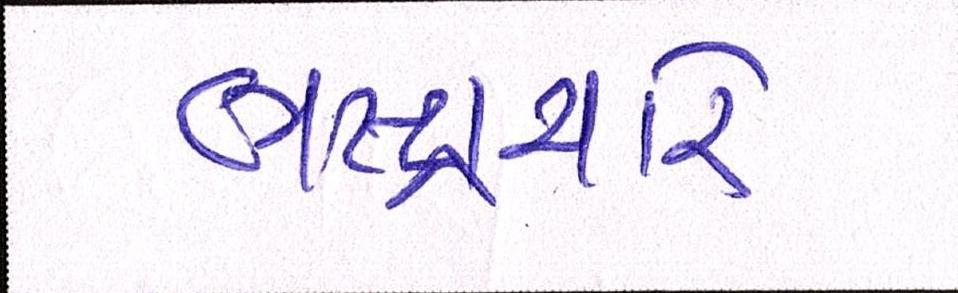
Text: ભ્રષ્ટ્રાચારે